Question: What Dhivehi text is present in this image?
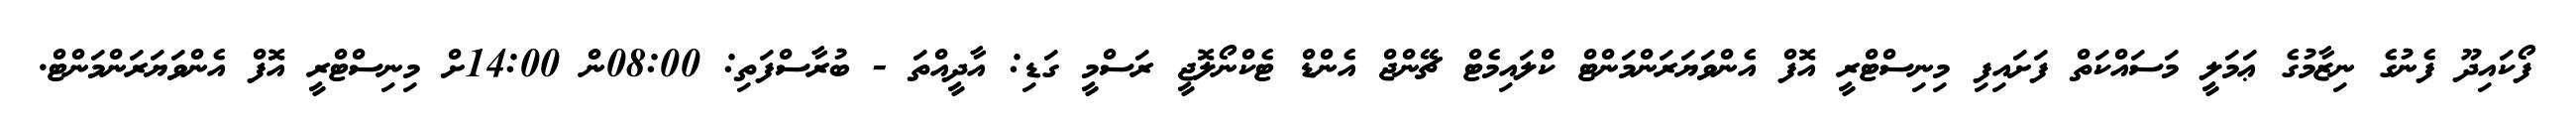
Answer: ފޯކައިދޫ ފެނުގެ ނިޒާމުގެ ޢަމަލީ މަސައްކަތް ފަށައިފި މިނިސްޓްރީ އޮފް އެންވަޔަރަންމަންޓް ކްލައިމެޓް ޗޭންޖް އެންޑް ޓެކްނޯލޮޖީ ރަސްމީ ގަޑި: އާދީއްތަ - ބުރާސްފަތި: 08:00ން 14:00ށް މިނިސްޓްރީ އޮފް އެންވަޔަރަންމަންޓް.